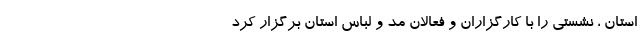
استان ، نشستی را با کارگزاران و فعالان مد و لباس استان برگزار کرد